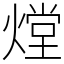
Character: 𤎌